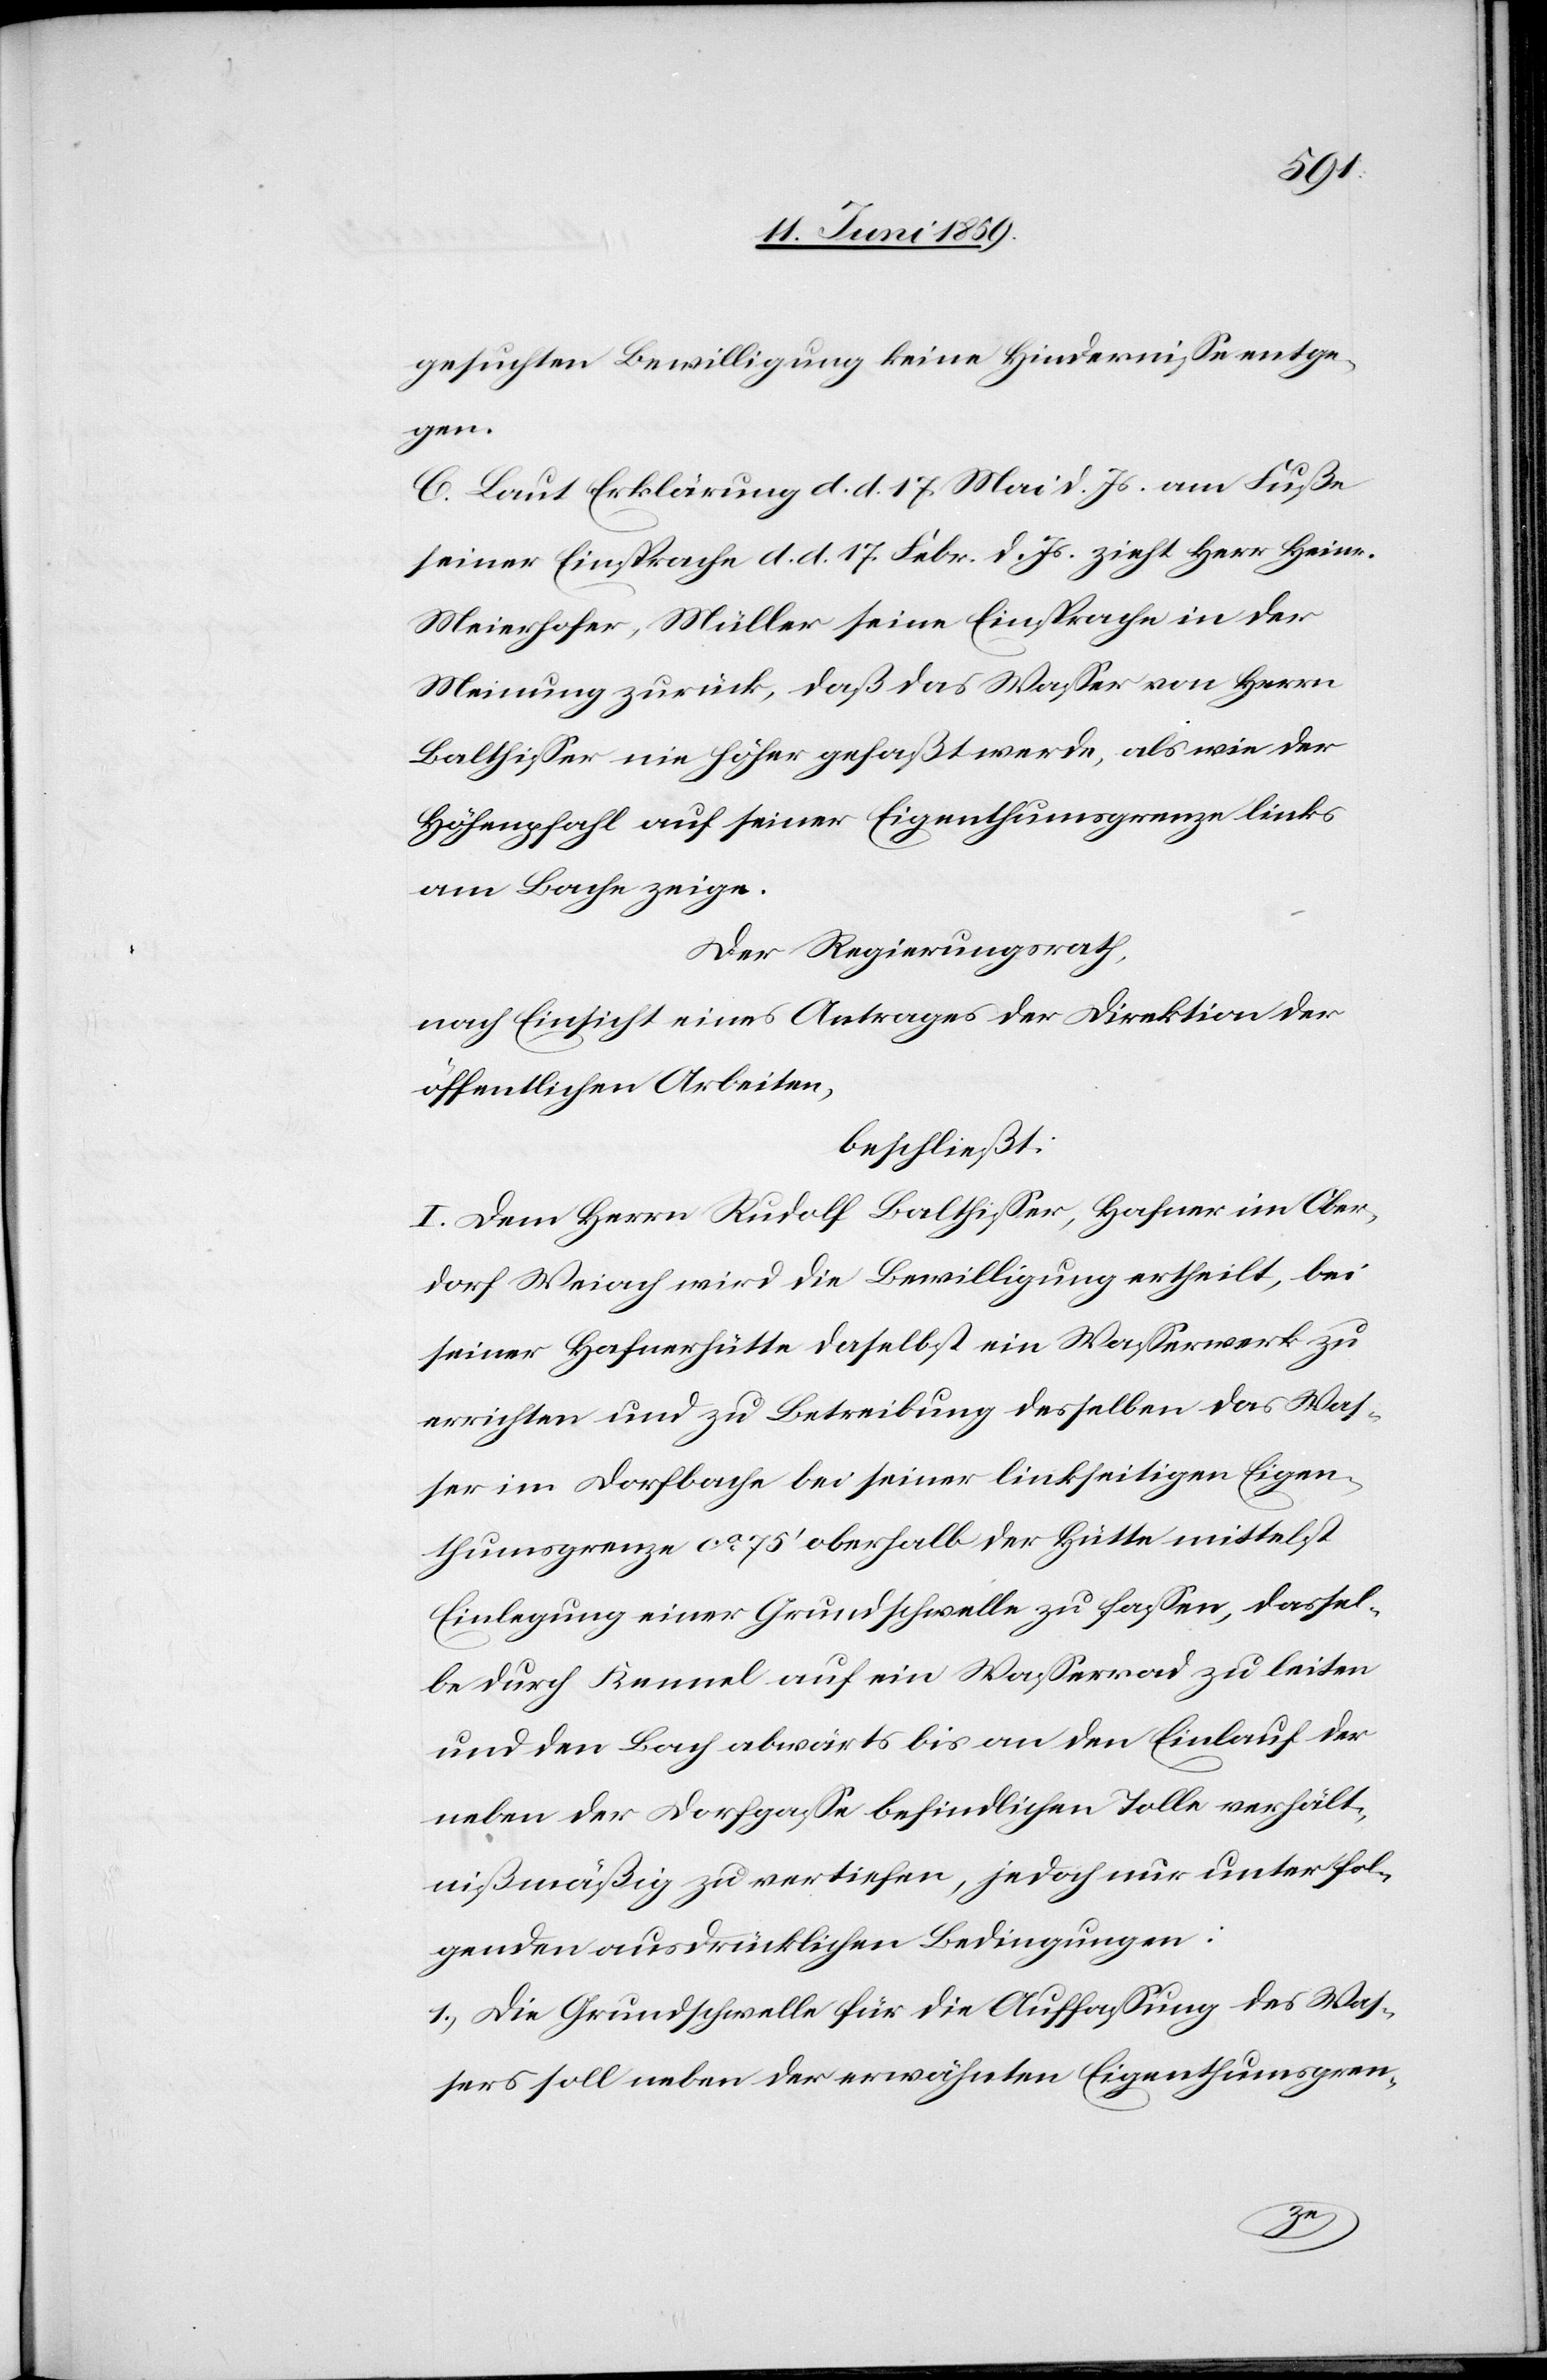
gesuchten Bewilligung keine Hindernisse entge¬
gen.
C. Laut Erklärung d. d.17. Mai d. Js. am Fuße
seiner Einsprache d. d.17. Febr. d. Js. zieht Herr Heinr.
Meierhofer, Müller seine Einsprache in der
Meinung zurück, daß das Wasser von Herrn
Balthisser nie höher gefaßt werde, als wie der
Höhenpfahl auf seiner Eigenthumsgrenze links
am Bache zeige.
Der Regierungsrath,
nach Einsicht eines Antrages der Direktion der
öffentlichen Arbeiten,
beschließt:
I. Dem Herrn Rudolf Balthisser, Hafner im Ober¬
dorf Weiach wird die Bewilligung ertheilt, bei
seiner Hafnerhütte daselbst ein Wasserwerk zu
errichten und zu Betreibung desselben das Was¬
ser im Dorfbache bei seiner linkseitigen Eigen¬
thumsgrenze ca 75' oberhalb der Hütte mittelst
Einlegung einer Grundschwelle zu fassen, dassel¬
be durch Kennel auf ein Wasserrad zu leiten
und den Bach abwärts bis an den Einlauf der
neben der Dorfgasse befindlichen Tolle verhält¬
nißmäßig zu vertiefen, jedoch nur unter fol¬
genden ausdrücklichen Bedingungen:
1) Die Grundschwelle für die Auffassung des Was¬
sers soll neben der erwähnten Eigenthumsgren-